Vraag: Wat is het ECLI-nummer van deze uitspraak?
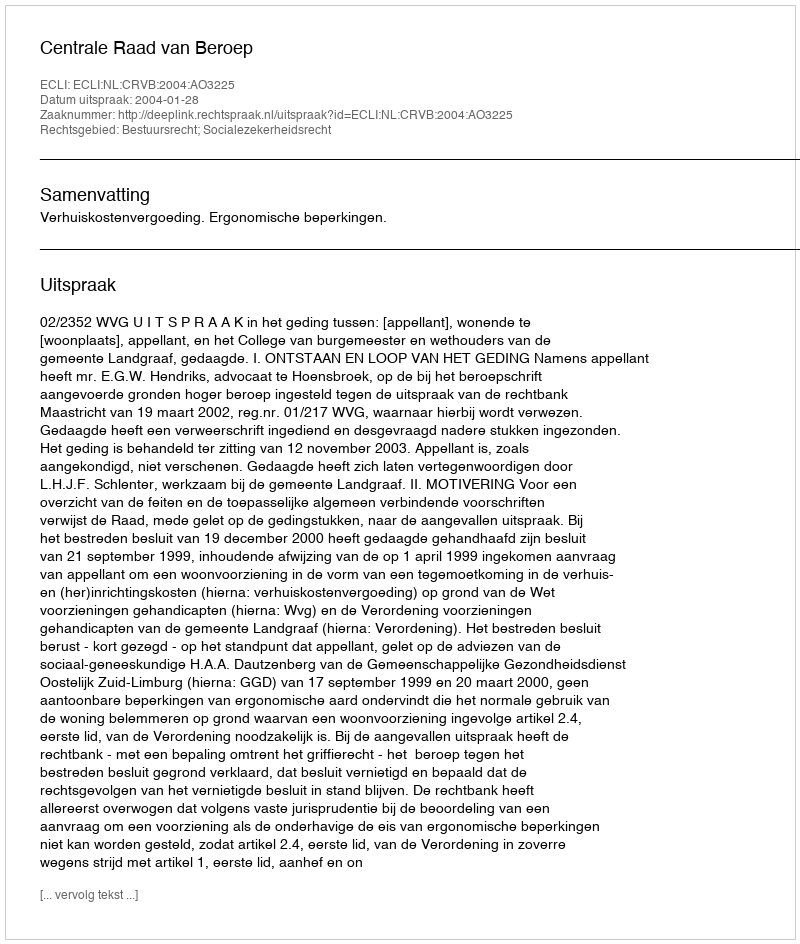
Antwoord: ECLI:NL:CRVB:2004:AO3225